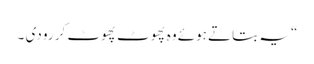
“ یہ بتاتے ہوئے وہ پھوٹ پھوٹ کر رو دی ۔